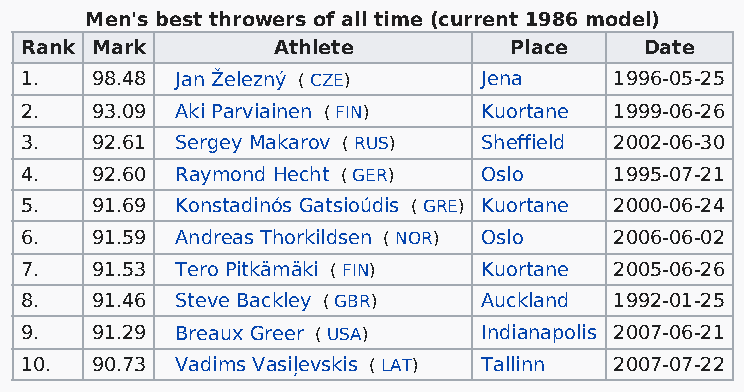
Men's best throwers of all time (current 1986 model)
 Rank Mark        Athlete         Place    Date
 1.   98.48 Jan Železný ( CZE)  Jena     1996-05-25
 2.   93.09 Aki Parviainen ( FIN) Kuortane 1999-06-26
 3.   92.61 Sergey Makarov ( RUS) Sheffield 2002-06-30
 4.   92.60 Raymond Hecht ( GER) Oslo    1995-07-21
 5.   91.69 Konstadinós Gatsioúdis ( GRE) Kuortane 2000-06-24
 6.   91.59 Andreas Thorkildsen ( NOR) Oslo 2006-06-02
 7.   91.53 Tero Pitkämäki ( FIN) Kuortane 2005-06-26
 8.   91.46 Steve Backley ( GBR) Auckland 1992-01-25
 9.   91.29 Breaux Greer ( USA) Indianapolis 2007-06-21
 10.  90.73 Vadims Vasiļevskis ( LAT) Tallinn 2007-07-22